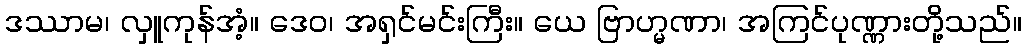
ဒဿာမ၊ လှူကုန်အံ့။ ဒေဝ၊ အရှင်မင်းကြီး။ ယေ ဗြာဟ္မဏာ၊ အကြင်ပုဏ္ဏားတို့သည်။